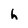
Character: h